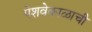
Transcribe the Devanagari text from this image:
पेशवेकाळाची